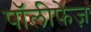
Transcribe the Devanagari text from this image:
पॉलीफेज़